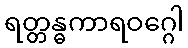
ရတ္တန္ဓကာရဝဂ္ဂေါ